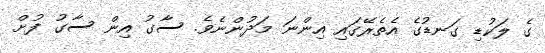
ގެ ލަކުޑި ގަނޑުގެ އެތެރޭގައި އިންނަ މަދުންނެވެ. ސާގު އިން ސާގު ފުށް